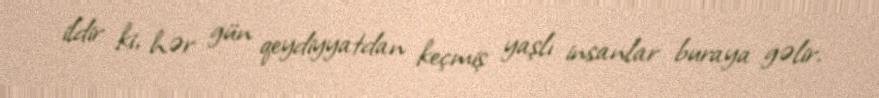
ildir ki, hər gün qeydiyyatdan keçmiş yaşlı insanlar buraya gəlir.